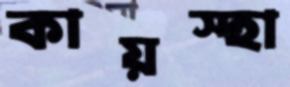
কায়স্হা